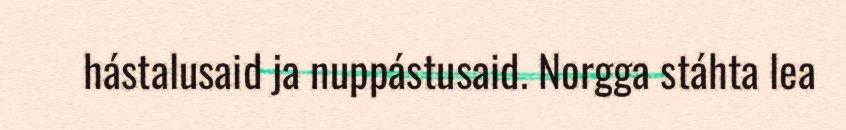
hástalusaid ja nuppástusaid. Norgga stáhta lea